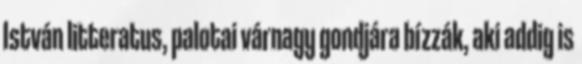
István litteratus, palotai várnagy gondjára bízzák, aki addig is